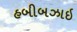
હબીબઝાઇ